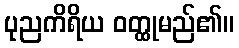
ပုညကိရိယ ဝတ္ထုမည်၏။